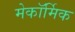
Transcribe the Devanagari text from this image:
मेकॉर्मिक